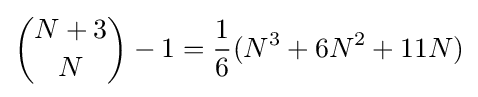
{\binom {N+3}{N}}-1={\frac {1}{6}}(N^{3}+6N^{2}+11N)